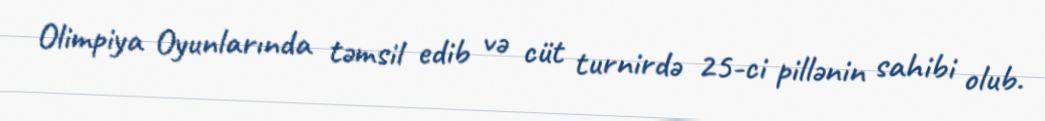
Olimpiya Oyunlarında təmsil edib və cüt turnirdə 25-ci pillənin sahibi olub.